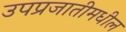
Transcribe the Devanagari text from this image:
उपप्रजातीमधील